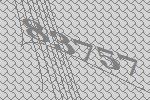
83757